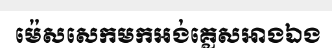
ម៉េសសេកមកអង់គ្លេសអាងឯង